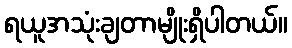
ရယူအသုံးချတာမျိုးရှိပါတယ်။